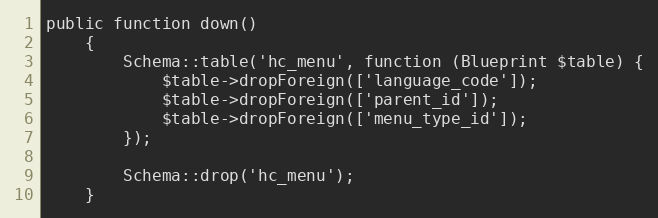
Language: PHP
public function down()
    {
        Schema::table('hc_menu', function (Blueprint $table) {
            $table->dropForeign(['language_code']);
            $table->dropForeign(['parent_id']);
            $table->dropForeign(['menu_type_id']);
        });

        Schema::drop('hc_menu');
    }